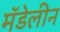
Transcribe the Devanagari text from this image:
मॅडेलीन